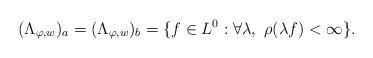
LaTeX: \begin{align*} (\Lambda_{\varphi, w})_a= (\Lambda_{\varphi, w})_b = \{f \in L^0 : \forall \lambda, \ \rho(\lambda f) < \infty \}. \end{align*}